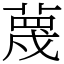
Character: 蔑